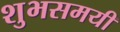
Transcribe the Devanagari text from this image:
शुभसमयी